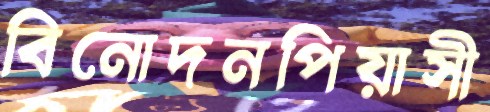
বিনোদনপিয়াসী